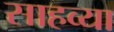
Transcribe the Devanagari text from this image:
साहव्या